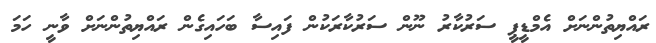
ރައްޔިތުންނަށް އެމްޑީޕީ ސަރުކާރު ނޫން ސަރުކާރަކުން ފައިސާ ބަހައިގެން ރައްޔިތުންނަށް ވާނީ ހަމަ